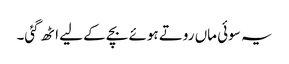
یہ سوئی ماں روتے ہوئے بچے کے لیے اٹھ گئی۔